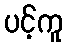
ပင့်ကူ